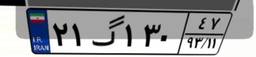
۲۱گ۱۳۰۴۷